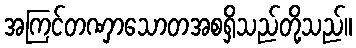
အကြင်တဏှာသောတအစရှိသည်တို့သည်။